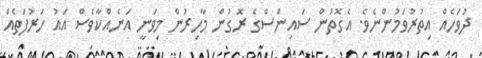
ދުވަހެއް އިތުރުވަމުންނެވެ. އެގޮތުން ސައިންސްގެ ރޮގުން މާހިރުން މިވަނީ އަނެއްކާވެސް އައު ހަރުފަތެއް